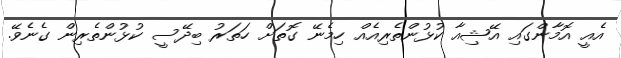
އެއީ އޮމާންގައި އޭޝިއާ ކުޅުންތެރިއެއް ހިމެނޭ ގޮތަށް ހަތަރު ބިދޭސީ ކުޅުންތެރިން ގެނެވޭ.